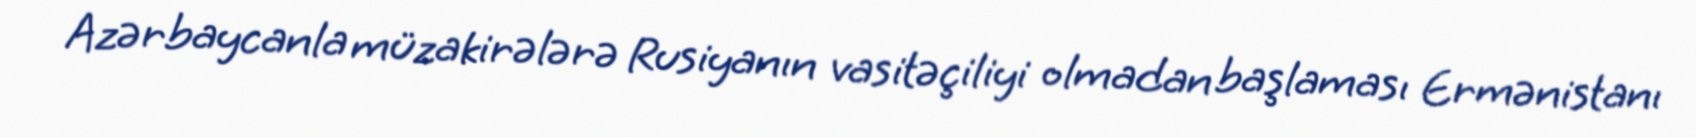
Azərbaycanla müzakirələrə Rusiyanın vasitəçiliyi olmadan başlaması Ermənistanı